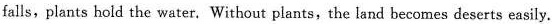
falls, plants hold the water. Without plants, the land becomes deserts easily.